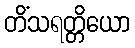
တိံသရတ္တိယော